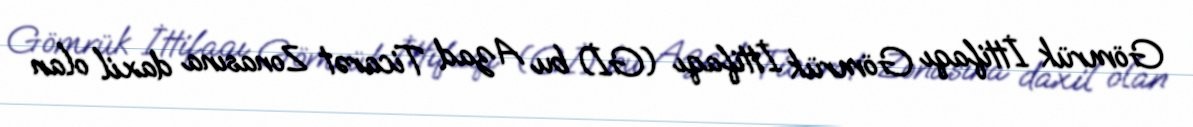
Gömrük İttifaqı Gömrük İttifaqı (Gİ) bu Azad Ticarət Zonasına daxil olan